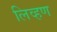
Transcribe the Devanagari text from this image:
लिव्हण